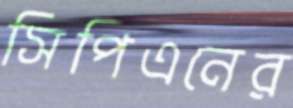
সিপিএনের